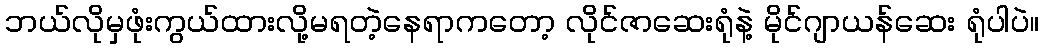
ဘယ်လိုမှဖုံးကွယ်ထားလို့မရတဲ့နေရာကတော့ လိုင်ဇာဆေးရုံနဲ့ မိုင်ဂျာယန်ဆေး ရုံပါပဲ။